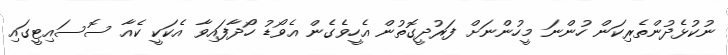
ނުކުޅެދުންތެރިކަން ހުންނަ މީހުންނަށް ފަރުދީގޮތުން އެހީވެގެން އެވޯޑު ހޯދާފައިވާ އެކަކީ ކެއާ ސޮސައިޓީގައި